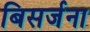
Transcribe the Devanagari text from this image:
बिसर्जना